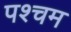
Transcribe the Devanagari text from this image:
पश्चम